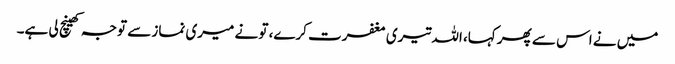
میں نے اس سے پھر کہا، اللہ تیری مغفرت کرے، تو نے میری نماز سے توجہ کھینچ لی ہے۔